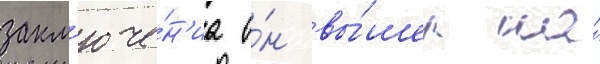
закл'юче́н'иа о́н вы́шел на́